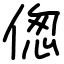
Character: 偬